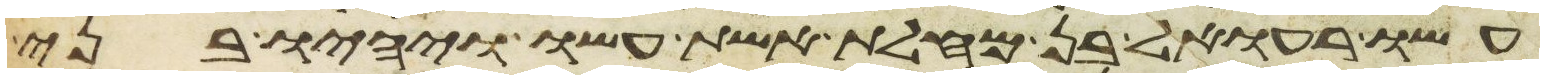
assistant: עשו רעואל בן מחלת אשת עשו ויהיו בני